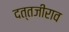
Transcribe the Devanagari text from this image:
दत्तजीराव